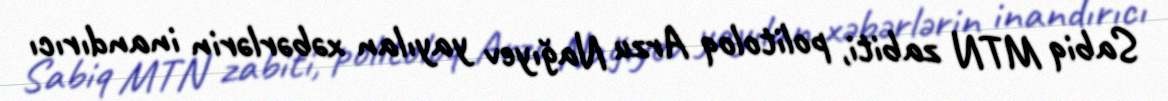
Sabiq MTN zabiti, politoloq Arzu Nağıyev yayılan xəbərlərin inandırıcı